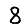
Digit: 8